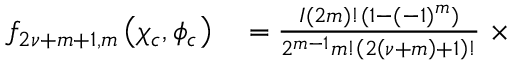
\begin{array} { r l } { f _ { 2 \nu + m + 1 , m } \left( \chi _ { c } , \phi _ { c } \right) } & { { } = \frac { I ( 2 m ) ! ( 1 - ( - 1 ) ^ { m } ) } { 2 ^ { m - 1 } m ! \left( 2 \left( \nu + m \right) + 1 \right) ! } \ \times } \end{array}